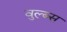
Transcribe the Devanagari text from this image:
वुल्ब्स